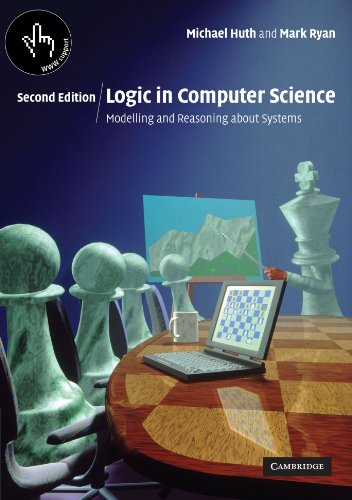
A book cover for Logic in Computer Science: Modelling and Reasoning about Systems; Michael Huth; Computers & Technology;